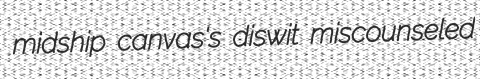
midship canvas's diswit miscounseled